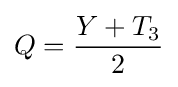
Q={\frac {Y+T_{3}}{2}}